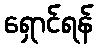
ရှောင်ရန်